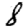
Digit: 8